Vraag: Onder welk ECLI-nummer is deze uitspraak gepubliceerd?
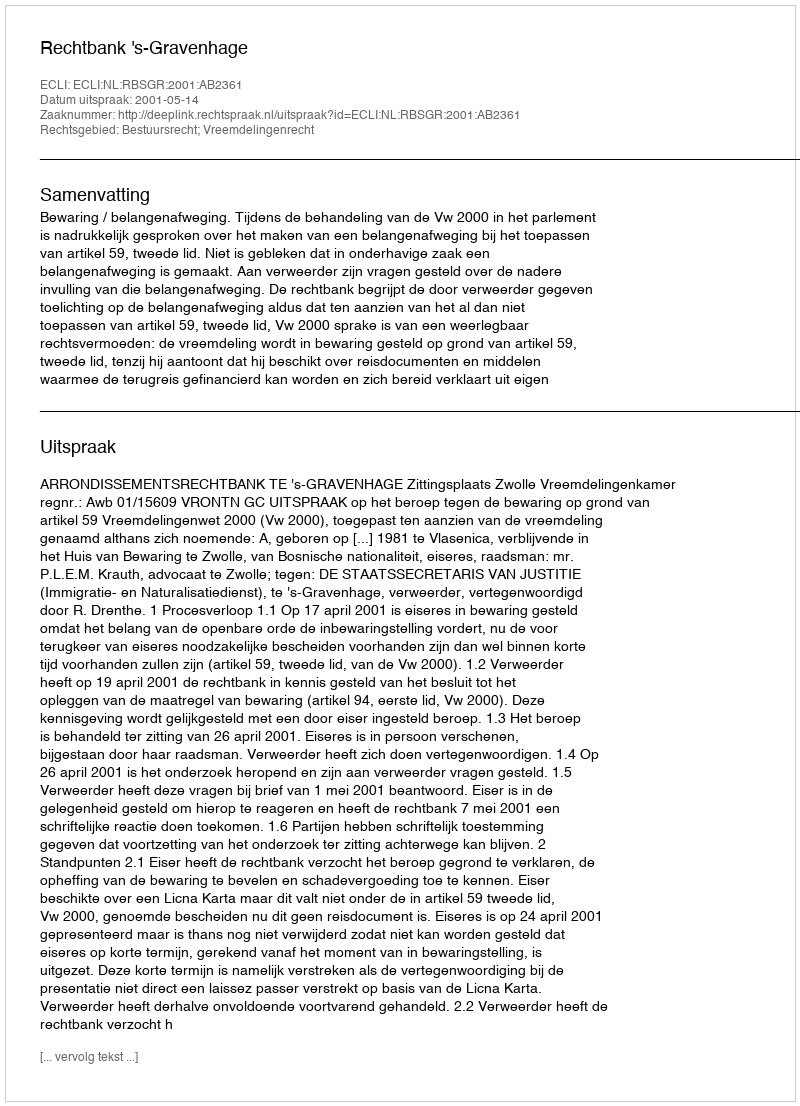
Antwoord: ECLI:NL:RBSGR:2001:AB2361